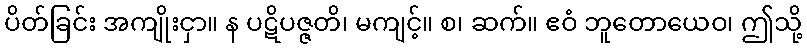
ပိတ်ခြင်း အကျိုးငှာ။ န ပဋိပဇ္ဇတိ၊ မကျင့်။ စ၊ ဆက်။ ဧဝံ ဘူတောယေဝ၊ ဤသို့